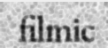
filmic